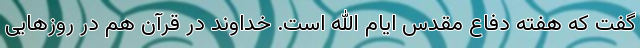
گفت که هفته دفاع مقدس ایام الله است. خداوند در قرآن هم در روزهایی